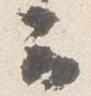
云